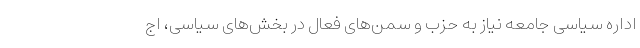
اداره سیاسی جامعه نیاز به حزب و سمن‌های فعال در بخش‌های سیاسی، اج